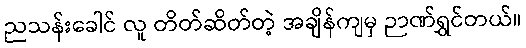
ညသန်းခေါင် လူ တိတ်ဆိတ်တဲ့ အချိန်ကျမှ ဉာဏ်ရွှင်တယ်။